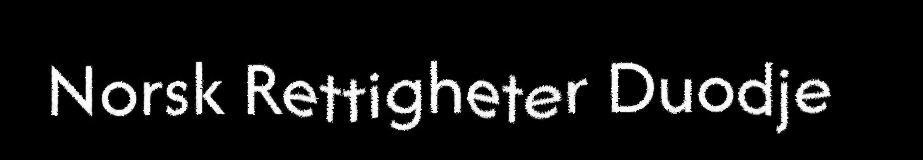
Norsk Rettigheter Duodje